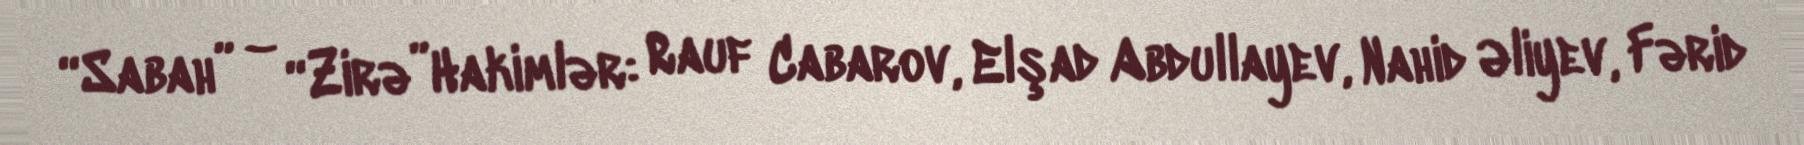
“Sabah” – “Zirə”Hakimlər: Rauf Cabarov, Elşad Abdullayev, Nahid Əliyev, Fərid